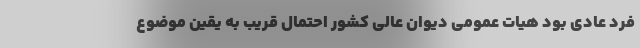
فرد عادی بود هیات عمومی دیوان عالی کشور احتمال قریب به یقین موضوع